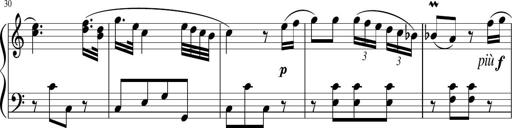
Title: 12 Keyboard Sonatinas
Composer: James Hook